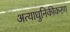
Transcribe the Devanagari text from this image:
अत्याधुनिकीकरण